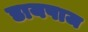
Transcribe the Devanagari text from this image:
डायपाज